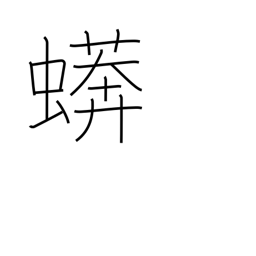
Meaning: boa constrictor